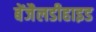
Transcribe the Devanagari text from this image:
बेंजैलडीहाइड